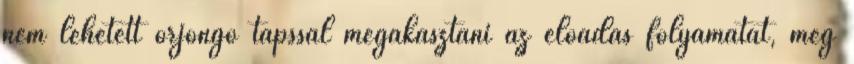
nem lehetett örjöngő tapssal megakasztani az előadás folyamatát, még